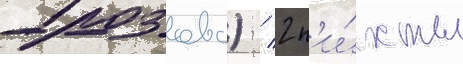
Грозово) / 2 п'и́хты